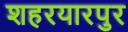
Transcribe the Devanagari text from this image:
शहरयारपुर